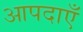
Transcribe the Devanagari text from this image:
आपदाएँ